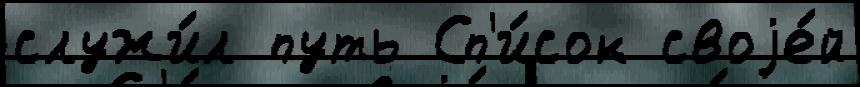
служи́л путь Сп'и́сок своjе́й